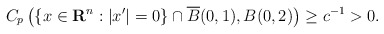
\begin{align*}C_p\left( \{x\in\mathbf{R}^n : |x'| = 0\} \cap \overline{B}(0,1), B(0, 2) \right) \geq c^{-1} > 0.\end{align*}